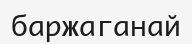
баржаганай